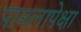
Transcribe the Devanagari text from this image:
पावलापेक्षा